Document type: Acquittance
Year: 1296
Scribe: Jaume de Malví
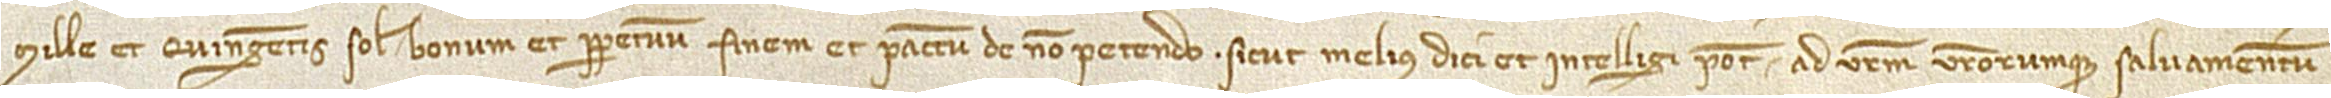
mille et quingentis solidis bonum et perpetuum finem et pactum de non petendo, sicut melius dici et intelligi poterimus ad vestrum vestrorumque salvamentum